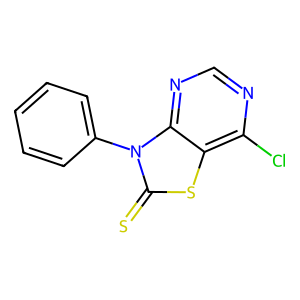
SMILES: S=c1sc2c(Cl)ncnc2n1-c1ccccc1
Inhibits HIV replication: No